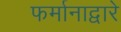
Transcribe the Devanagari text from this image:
फर्मानाद्वारे